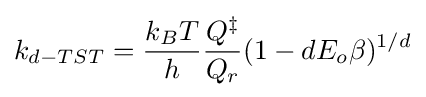
k_{d-TST}={\frac {k_{B}T}{h}}{\frac {Q^{\ddagger }}{Q_{r}}}(1-dE_{o}\beta )^{1/d}